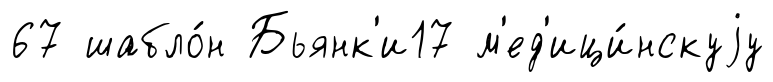
67 шабло́н Бьянк'и17 м'ед'ици́нскуjу